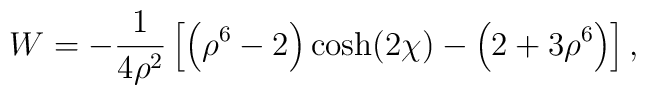
W =- \frac{1}{4\rho^2}\left[\left(\rho^6 - 2\right) \cosh(2 \chi) - \left(2    +3 \rho^6\right)\right],